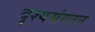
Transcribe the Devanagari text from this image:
दृश्यसंगठन